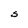
Character: S